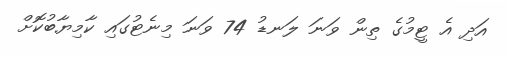
އަދި އެ ޓީމުގެ ތިން ވަނަ ލަނޑު 74 ވަނަ މިނެޓުގައި ކާމިޔާބުކޮށް